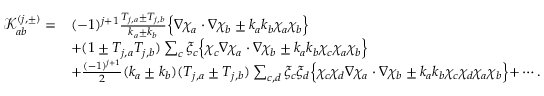
\begin{array} { r l } { \mathcal { K } _ { a b } ^ { ( j , \pm ) } = } & { ( - 1 ) ^ { j + 1 } \frac { T _ { j , a } \pm T _ { j , b } } { k _ { a } \pm k _ { b } } \Bigl \{ \nabla \chi _ { a } \cdot \nabla \chi _ { b } \pm k _ { a } k _ { b } \chi _ { a } \chi _ { b } \Bigl \} } \\ & { + ( 1 \pm T _ { j , a } T _ { j , b } ) \sum _ { c } \xi _ { c } \Bigl \{ \chi _ { c } \nabla \chi _ { a } \cdot \nabla \chi _ { b } \pm k _ { a } k _ { b } \chi _ { c } \chi _ { a } \chi _ { b } \Bigl \} } \\ & { + \frac { ( - 1 ) ^ { j + 1 } } { 2 } ( k _ { a } \pm k _ { b } ) ( T _ { j , a } \pm T _ { j , b } ) \sum _ { c , d } \xi _ { c } \xi _ { d } \Bigl \{ \chi _ { c } \chi _ { d } \nabla \chi _ { a } \cdot \nabla \chi _ { b } \pm k _ { a } k _ { b } \chi _ { c } \chi _ { d } \chi _ { a } \chi _ { b } \Bigl \} + \cdots . } \end{array}